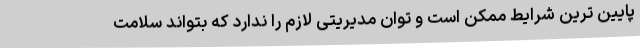
پایین ترین شرایط ممکن است و توان مدیریتی لازم را ندارد که بتواند سلامت